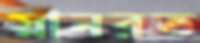
স্নানরত